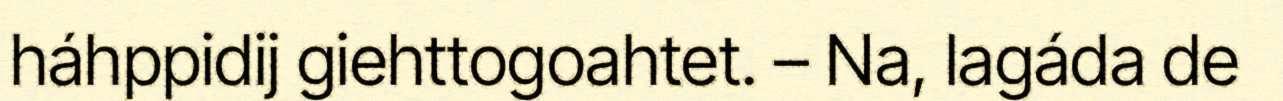
háhppidij giehttogoahtet. – Na, lagáda de